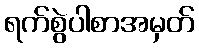
ရက်စွဲပါစာအမှတ်